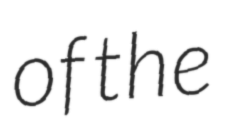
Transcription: of the